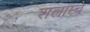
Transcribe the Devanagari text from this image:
शलाम्चे